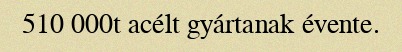
510 000t acélt gyártanak évente.